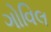
ગોવિલ